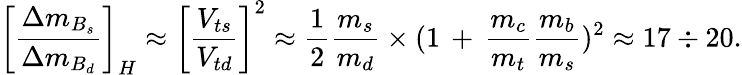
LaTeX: \biggl[\frac{\Delta m_{B_{s}}}{\Delta m_{B_{d}}}\biggr]_{H}\approx\biggl[\frac{V_{ts}}{V_{td}}\biggr]^{2}\approx\frac{1}{2}\frac{m_{s}}{m_{d}}\times(1\, +\, \frac{m_{c}}{m_{t}}\frac{m_{b}}{m_{s}})^{2}\approx 17\div 20.